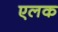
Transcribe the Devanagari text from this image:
एलक